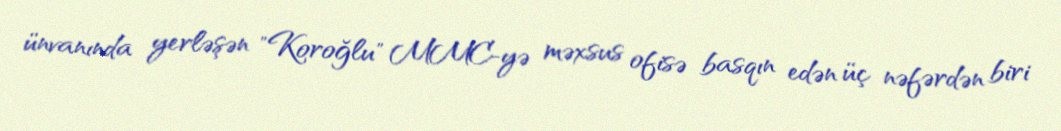
ünvanında yerləşən "Koroğlu" MMC-yə məxsus ofisə basqın edən üç nəfərdən biri